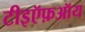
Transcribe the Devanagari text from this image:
टीइऍफ़ऑय